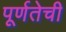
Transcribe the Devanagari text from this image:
पूर्णतेची